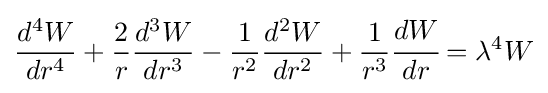
{\frac {d^{4}W}{dr^{4}}}+{\frac {2}{r}}{\frac {d^{3}W}{dr^{3}}}-{\frac {1}{r^{2}}}{\frac {d^{2}W}{dr^{2}}}+{\frac {1}{r^{3}}}{\cfrac {dW}{dr}}=\lambda ^{4}W